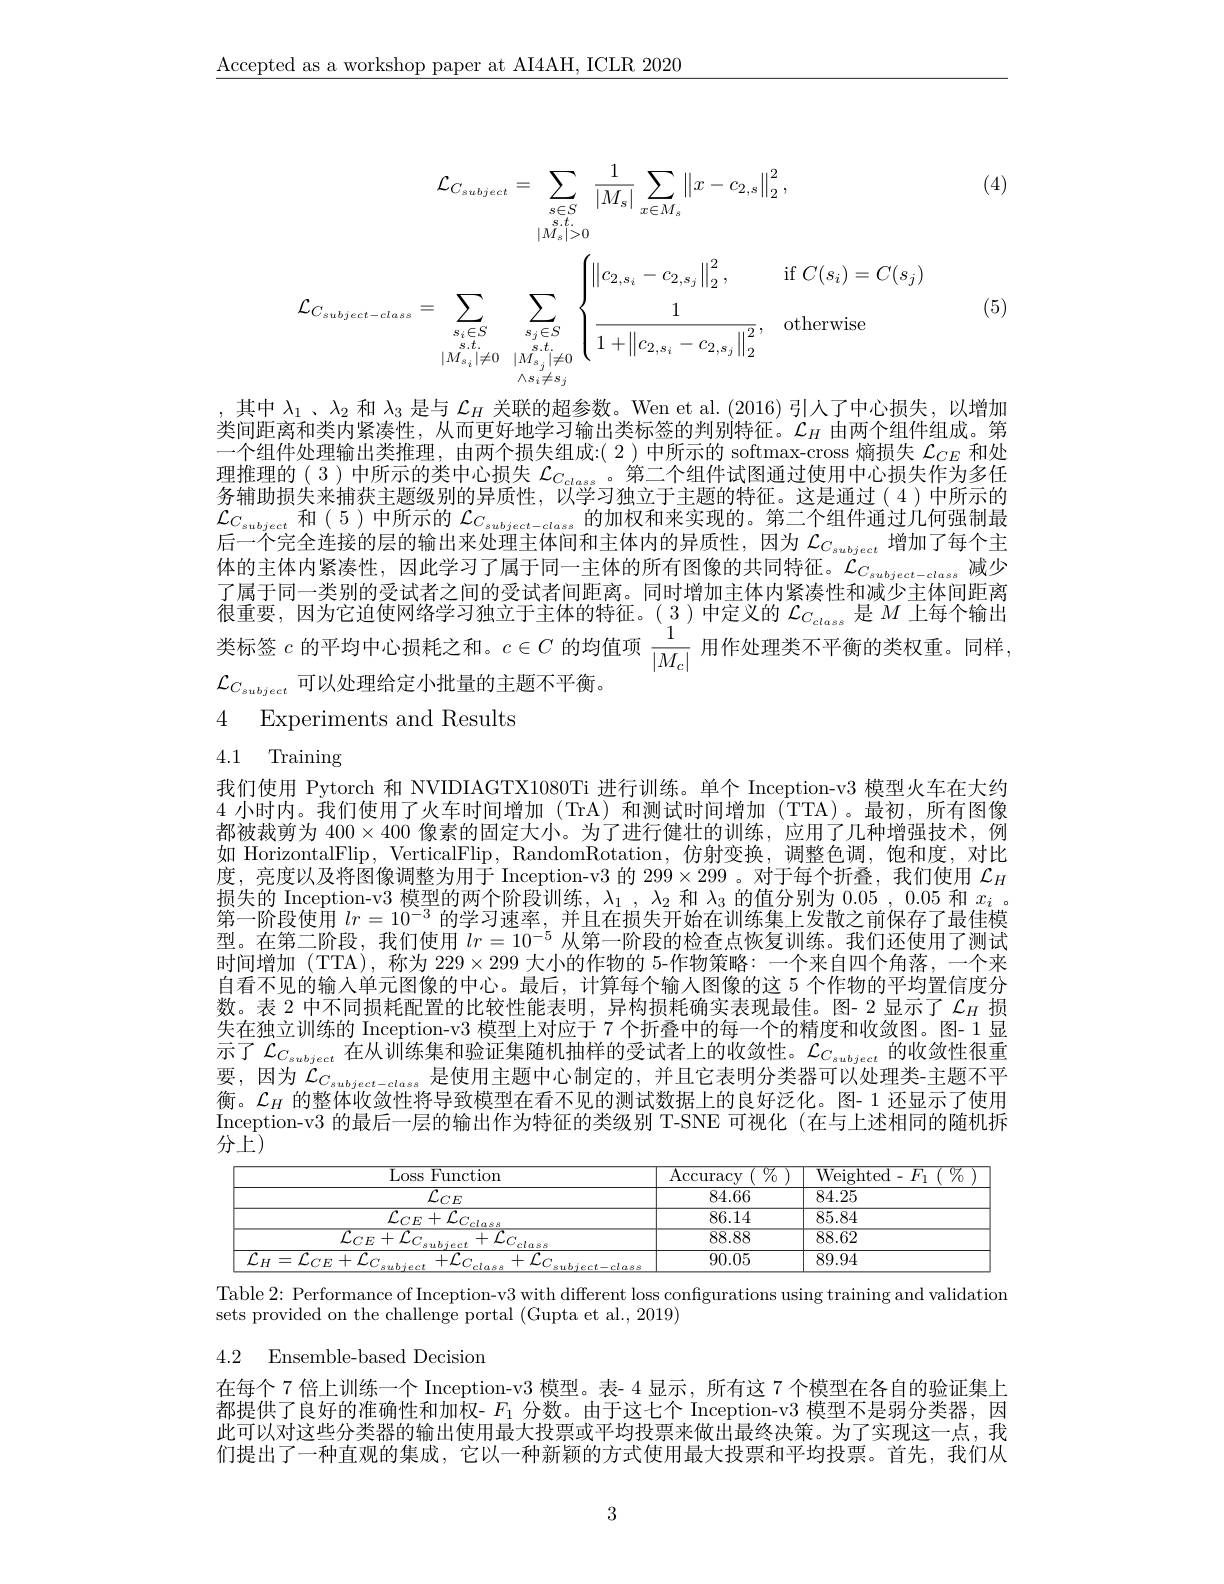
$\underline{\mathrm{Accepted~as~a~workshop~paper~at~AI4AH,~ICLR~2020}}$

(4)
$$\begin{aligned}\mathcal{L}_{C_{subject}}&=\sum_{s\in S}\frac{1}{|M_{s}|}\sum_{x\in M_{s}}\left\|x-c_{2,s}\right\|_{2}^{2},\\|M_{s}|&>0\\\mathcal{L}_{C_{subject-class}}&=\sum_{s_{s}\in S}\sum_{s_{s}\in S}\sum_{s_{s}\in S}\left\{\left\|c_{2,s_{i}}-c_{2,s_{j}}\right\|_{2}^{2},&\mathrm{if~}C(s_{i})=C(s_{j})\\\frac{1}{1+\left\|c_{2,s_{i}}-c_{2,s_{j}}\right\|_{2}^{2}},&\mathrm{otherwise}\\&\wedge s_{i}\neq s_{j}\\&\wedge s_{i}\neq s_{j}\\&&\text{if }C(s_{i})=C(s_{j})\\&&\text{if }C(s_{i})=C(s_{j})\\&\text{if }C_{s}=S_{s}=S_{s}\\&&\text{if }C_{s}=S_{s}=S_{s}=S_{s}=S_{s}=S_{s}=S_{s}=S_{s}=S_{s}=S_{s}=S_{s}=S_{s}=S_{s}=S_{s}=S_{s}=S_{s}=S_{s}=S_{s}=S_{s}=S_{s}=S_{s}=S_{s}=S_{s}=S_{s}=S_{s}=S_{s}=S_{s}=S_{s}=S_{s}=S_{s}=S_{s}=S_{s}=S_{s}=S_{s}=S_{s}=S_{s}=S_{s}=S_{s}=S_{s}=S_{s}=S_{s}=S_{s}=S_{s}=S_{s}=S_{s}=S_{s}=S_{s}=S_{s}=S_{s}=S_{s}=S_{s}=S_{s}=S_{s}=S_{s}=S_{s}=S_{s}=S_{s}=S_{s}=S_{s}=S_{s}=S_{s}=S_{s}=S_{s}=S_{s}=S_{s}=S_{s}=S_{s}=S_{s}=S_{s}=S_{s}=S_{s}=S_{s}=S_{s}=S_{s}=S_{s}=S_{s}=S_{s}=S_{s}=S_{s}=S_{s}=S_{s}=S_{s}=S_{s}=S_{s}=S_{s}=S_{s}=S_{s}=S_{s}=S_{s}=S_{s}=S_{s}=S_{s}=S_{s}=S_{s}=S_{s}=S_{s}=S_{s}=S_{s}=S_{s}=S_{s}=S_{s}=S_{s}=S_{s}=S_{s}=S_{s}=S_{s}=S_{s}=S_{s}=$$
(5)

其中$\lambda_1$ 、$\lambda_2$和$\lambda_3$是与$\mathcal{L}_H$关联的超参数。Wen et al.(2016)引人了中心损失，以增加类间距离和类内紧凑性，从而更好地学习输出类标签的判别特征。$\mathcal{L}_H$由两个组件组成。第一个组件处理输出类推理，由两个损失组成：(2)中所示的 softmax-cross 熵损失$\mathcal{L}_CE$和处理推理的(3)中所示的类中心损失$\mathcal{L}_C_{class}$ 。第二个组件试图通过使用中心损失作为多任务辅助损失来捕获主题级别的异质性，以学习独立于主题的特征。这是通过(4)中所示的$\mathcal{L}_{C_{subject}}$ 和(5)中所示的 $\mathcal{L}_C_{subject-class}$的加权和来实现的。第二个组件通过几何强制最后一个完全连接的层的输出来处理主体间和主体内的异质性，因为$\mathcal{L}_C_{subject}$增加了每个主体的主体内紧凑性，因此学习了属于同一主体的所有图像的共同特征。$\dot{\mathcal{L}}_{C_{subject-class}}$减少了属于同一类别的受试者之间的受试者间距离。同时增加主体内紧凑性和减少主体间距离很重要，因为它迫使网络学习独立于主体的特征。( $\underset{1}{\operatorname*{3}}$ )中定义的$\mathcal{L}_{C_{class}}$是$M$上每个输出类标签$c$的平均中心损耗之和。$c\in C$的均值项$\frac1{|M_c|}$用作处理类不平衡的类权重。同样$\mathcal{L}_{C_{subject}}$可以处理给定小批量的主题不平衡。

4 Experiments and Results

# 4.1 Training

我们使用 Pytorch 和 NVIDIAGTX1080Ti 进行训练。单个 Inception-v3 模型火车在大约4 小时内。我们使用了火车时间增加 (TrA)和测试时间增加 (TTA)。最初，所有图像都被裁剪为$400\times400$像素的固定大小。为了进行健壮的训练，应用了几种增强技术，例如 HorizontalFlip, VerticalFlip, RandomRotation, 仿射变换，调整色调，饱和度，对比度，亮度以及将图像调整为用于 Inception-v3 的$299\times299$ 。对于每个折叠，我们使用$\mathcal{L}_H$ 损失的 Inception-v3 模型的两个阶段训练，$\lambda_1,\lambda_2$和$\lambda_3$的值分别为0.05,0.05和$x_i$ 。第一阶段使用$lr=10^{-3}$的学习速率，并且在损失开始在训练集上发散之前保存了最佳模型。在第二阶段，我们使用$lr=10^{-5}$从第一阶段的检查点恢复训练。我们还使用了测试时间增加(TTA),称为$229\times299$大小的作物的 5-作物策略：一个来自四个角落，一个来自看不见的输入单元图像的中心。最后，计算每个输入图像的这 5 个作物的平均置信度分数。表 2 中不同损耗配置的比较性能表明，异构损耗确实表现最佳。图- 2 显示了$\mathcal{L}_H$损失在独立训练的 Inception-v3 模型上对应于 7 个折叠中的每一个的精度和收敛图。图- 1 显示了 $\mathcal{L}_C_{subject}$ 在从训练集和验证集随机抽样的受试者上的收敛性。$\mathcal{L}_C_{subject}$的收敛性很重要，因为$\mathcal{L}_C_{subject-class}$是使用主题中心制定的，并且它表明分类器可以处理类-主题不平衡。$\mathcal{L}_H$的整体收敛性将导致模型在看不见的测试数据上的良好泛化。图- 1 还显示了使用Inception-v3 的最后一层的输出作为特征的类级别 T-SNE 可视化 (在与上述相同的随机拆分上$\bar{})$

<table>
	<tbody>
		<tr>
			<th>$\overline{\mathrm{Loss}}$ ${\mathrm{s~Function}}$</th>
			<th>${\overline{{\mathrm{Accuracy}}}}$ $\%$</th>
			<th>${\mathrm{Weighted-F_{1}~(~\%})}$</th>
		</tr>
		<tr>
			<td>$\overline{\mathcal{L}_{CE}}$</td>
			<td>84.66</td>
			<td>84.25</td>
		</tr>
		<tr>
			<td>$\overline{{\mathcal{L}_{CE}+\mathcal{L}}}$</td>
			<td>86.14</td>
			<td>85.84</td>
		</tr>
		<tr>
			<td>$\overline{\mathcal{L}_{CE}+}$ $L.$ ,</td>
			<td>88.88</td>
			<td>88.62</td>
		</tr>
		<tr>
			<td> </td>
			<td>90.05</td>
			<td>89.94</td>
		</tr>
	</tbody>
</table>
Table 2: Performance of Inception-v3 with different loss configurations using training and validation

sets provided on the challenge portal (Gupta et al., 2019)

4.2 Ensemble-based Decision

在每个 7 倍上训练一个 Inception-v3 模型。表- 4 显示，所有这 7 个模型在各自的验证集上都提供了良好的准确性和加权- $F_1$分数。由于这七个 Inception-v3 模型不是弱分类器，因此可以对这些分类器的输出使用最大投票或平均投票来做出最终决策。为了实现这一点，我们提出了一种直观的集成，它以一种新颖的方式使用最大投票和平均投票。首先，我们从

3